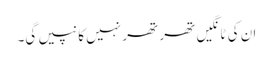
ان کی ٹانگیں تھر تھر نہیں کانپیں گی۔